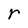
Character: r